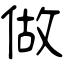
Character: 做